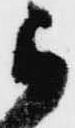
ら